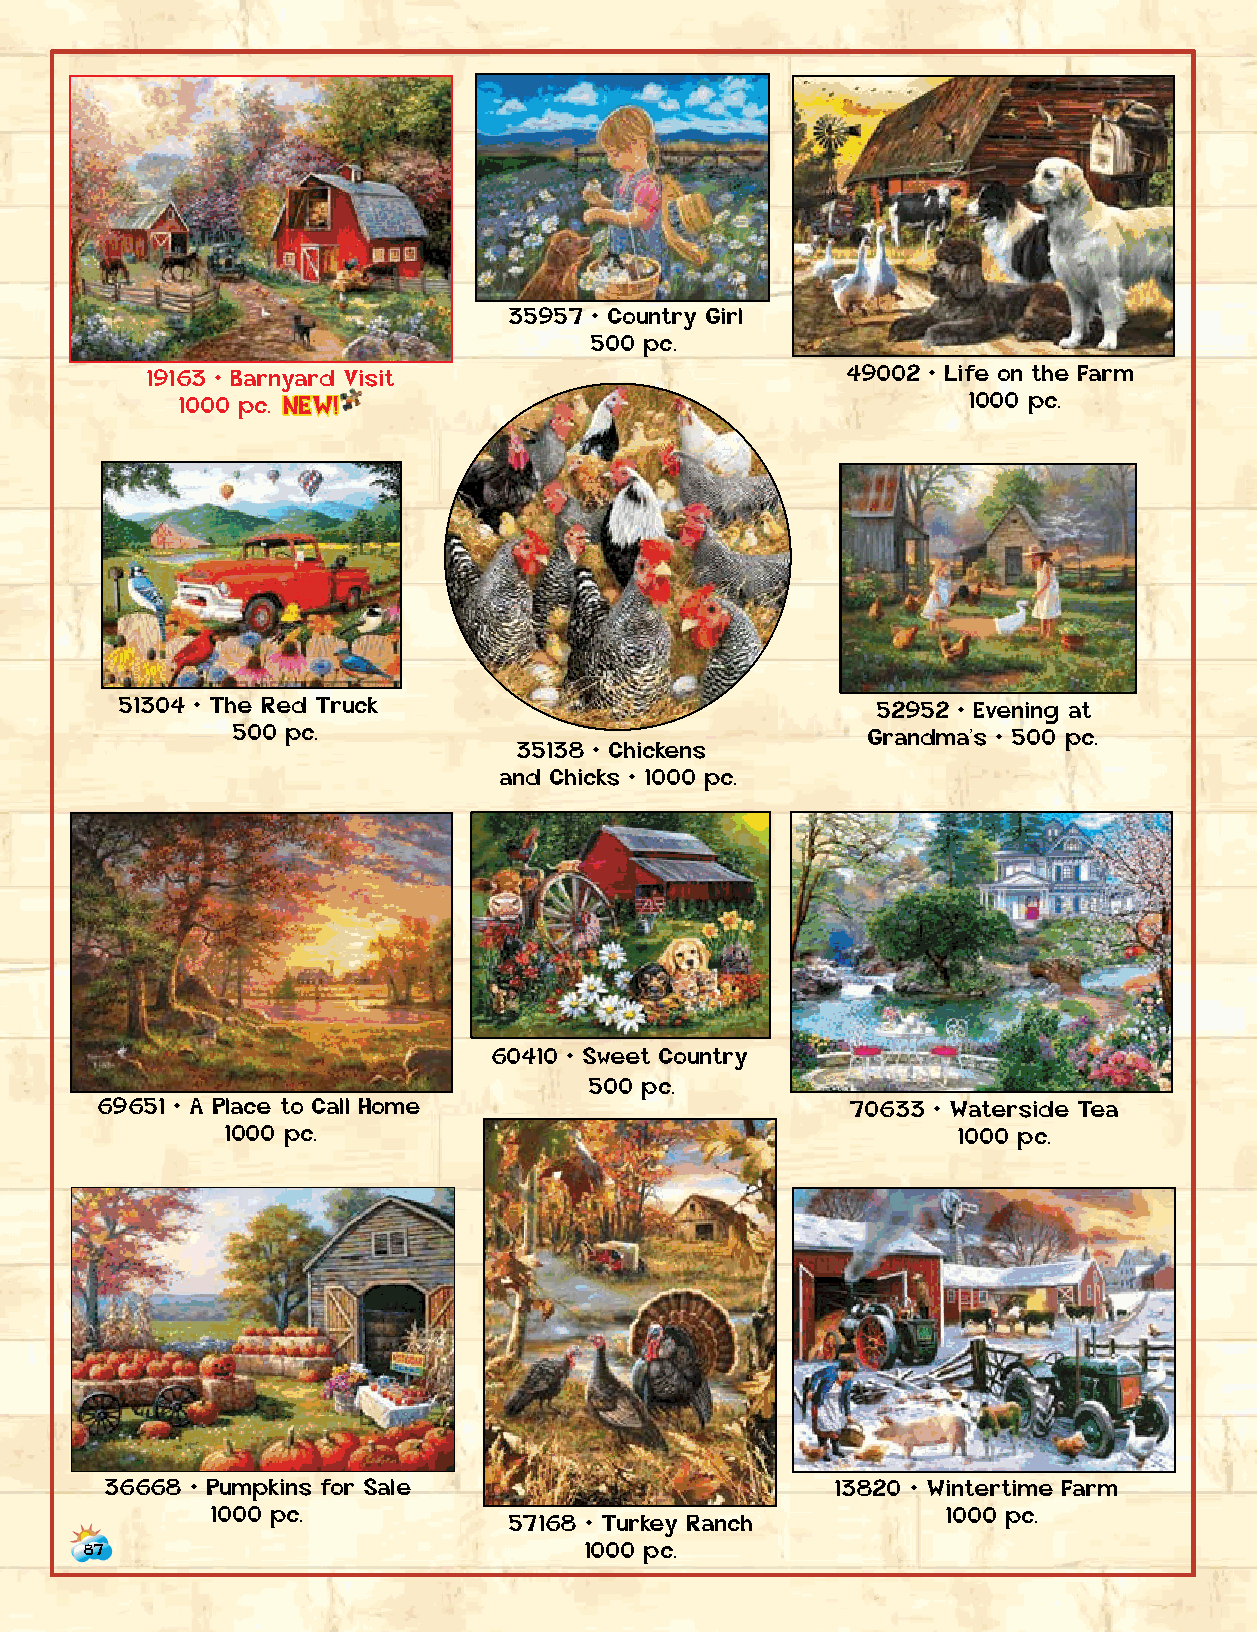
35957 • Country Girl
 500 pc.
 19163 • Barnyard Visit                        49002 • Life on the Farm            34871 • Barnyard
 1000 p c . N E W !                                  1000 pc.                    Chickens • 500 pc.
 51304 • The Red Truck                             52952 • Evening at
 35261 • Chicken Coop
 500 pc.                                    Grandma’s • 500 pc.
 35138 • Chickens                                              1000 pc.
 and Chicks • 1000 pc.
 60410 • Sweet Country
 500 pc.
 69651 • A Place to Call Home                      70633 • Waterside Tea               42260 • Harvest Helpers
 1000 pc.                                        1000 pc.                         1000 pc.
 36668 • Pumpkins for Sale                       13820 • Wintertime Farm             13718 • Spring Farm Days
 1000 pc.            57168 • Turkey Ranch         1000 pc.                            1000 pc.
 87                               1000 pc.